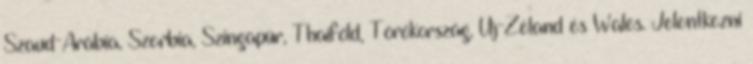
Szaud-Arábia, Szerbia, Szingapúr, Thaiföld, Törökország, Új-Zéland és Wales. Jelentkezni